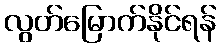
လွတ်မြောက်နိုင်ရန်